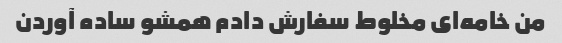
من خامه‌ای مخلوط سفارش دادم همشو ساده آوردن